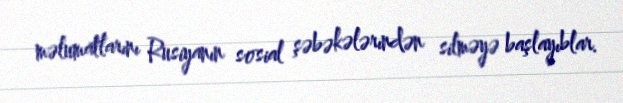
məlumatlarını Rusiyanın sosial şəbəkələrındən silməyə başlayıblar.